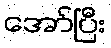
အော်ပြီး